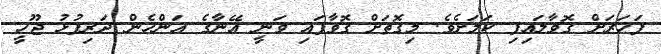
ފަހަރަށް ގޮވާލައިފި ކަމަށެވެ. މިގޮތަށް ގޮވާފައި ވަނީ އޭނާގެ އަންހެން ދަރިފުޅު ޖޫހީ